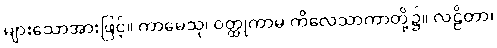
များသောအားဖြင့်။ ကာမေသု၊ ဝတ္ထုကာမ ကိလေသာကာတို့၌။ လဠိတာ၊